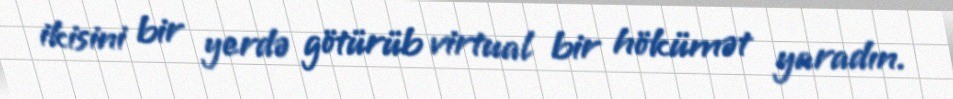
ikisini bir yerdə götürüb virtual bir hökümət yaradın.